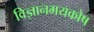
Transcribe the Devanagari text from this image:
विज्ञानमयकोष